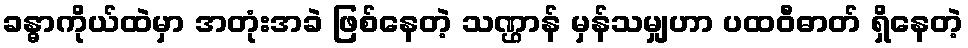
ခန္ဓာကိုယ်ထဲမှာ အတုံးအခဲ ဖြစ်နေတဲ့ သဏ္ဌာန် မှန်သမျှဟာ ပထဝီဓာတ် ရှိနေတဲ့